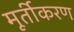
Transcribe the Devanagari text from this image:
मूर्तीकरण